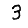
Digit: 3